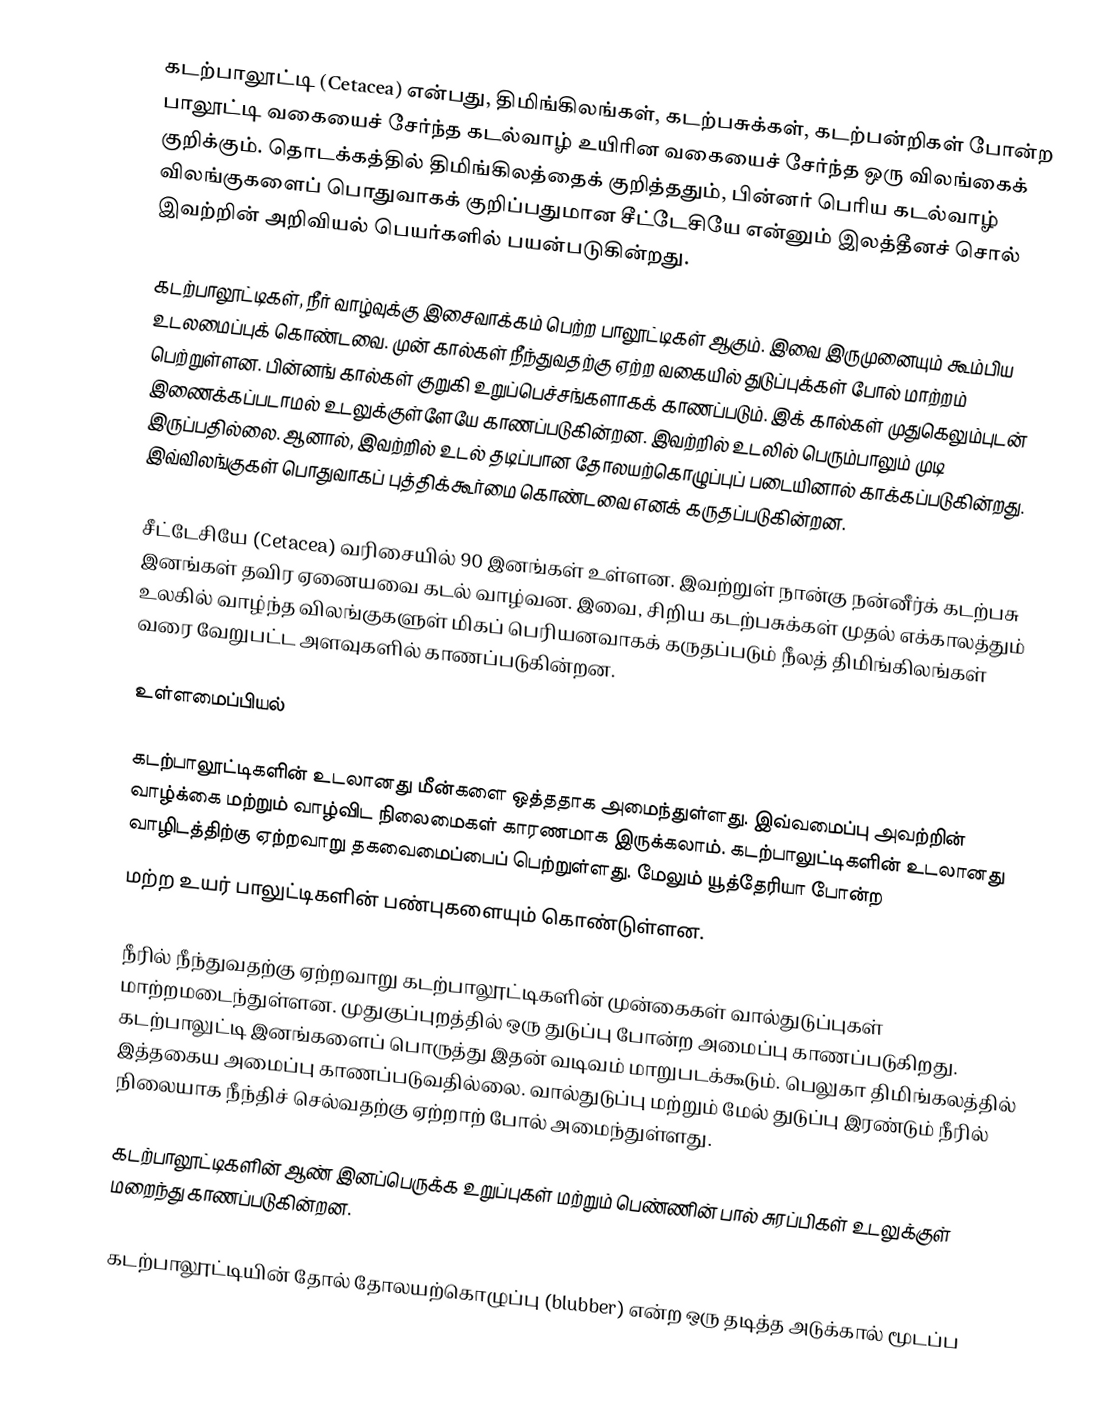
கடற்பாலூட்டி (Cetacea) என்பது, திமிங்கிலங்கள், கடற்பசுக்கள், கடற்பன்றிகள் போன்ற பாலூட்டி வகையைச் சேர்ந்த கடல்வாழ் உயிரின வகையைச் சேர்ந்த ஒரு விலங்கைக் குறிக்கும். தொடக்கத்தில் திமிங்கிலத்தைக் குறித்ததும், பின்னர் பெரிய கடல்வாழ் விலங்குகளைப் பொதுவாகக் குறிப்பதுமான சீட்டேசியே என்னும் இலத்தீனச் சொல் இவற்றின் அறிவியல் பெயர்களில் பயன்படுகின்றது.

கடற்பாலூட்டிகள், நீர் வாழ்வுக்கு இசைவாக்கம் பெற்ற பாலூட்டிகள் ஆகும். இவை இருமுனையும் கூம்பிய உடலமைப்புக் கொண்டவை. முன் கால்கள் நீந்துவதற்கு ஏற்ற வகையில் துடுப்புக்கள் போல் மாற்றம் பெற்றுள்ளன. பின்னங் கால்கள் குறுகி உறுப்பெச்சங்களாகக் காணப்படும். இக் கால்கள் முதுகெலும்புடன் இணைக்கப்படாமல் உடலுக்குள்ளேயே காணப்படுகின்றன. இவற்றில் உடலில் பெரும்பாலும் முடி இருப்பதில்லை. ஆனால், இவற்றில் உடல் தடிப்பான தோலயற்கொழுப்புப் படையினால் காக்கப்படுகின்றது. இவ்விலங்குகள் பொதுவாகப் புத்திக்கூர்மை கொண்டவை எனக் கருதப்படுகின்றன.

சீட்டேசியே (Cetacea) வரிசையில் 90 இனங்கள் உள்ளன. இவற்றுள் நான்கு நன்னீர்க் கடற்பசு இனங்கள் தவிர ஏனையவை கடல் வாழ்வன. இவை, சிறிய கடற்பசுக்கள் முதல் எக்காலத்தும் உலகில் வாழ்ந்த விலங்குகளுள் மிகப் பெரியனவாகக் கருதப்படும் நீலத் திமிங்கிலங்கள் வரை வேறுபட்ட அளவுகளில் காணப்படுகின்றன.

உள்ளமைப்பியல்

கடற்பாலூட்டிகளின் உடலானது மீன்களை ஒத்ததாக அமைந்துள்ளது. இவ்வமைப்பு அவற்றின் வாழ்க்கை மற்றும் வாழ்விட நிலைமைகள் காரணமாக இருக்கலாம். கடற்பாலுட்டிகளின் உடலானது வாழிடத்திற்கு ஏற்றவாறு தகவைமைப்பைப் பெற்றுள்ளது. மேலும் யூத்தேரியா போன்ற
மற்ற உயர் பாலுட்டிகளின் பண்புகளையும் கொண்டுள்ளன.

நீரில் நீந்துவதற்கு ஏற்றவாறு கடற்பாலூட்டிகளின்  முன்கைகள் வால்துடுப்புகள் மாற்றமடைந்துள்ளன. முதுகுப்புறத்தில் ஒரு துடுப்பு போன்ற அமைப்பு காணப்படுகிறது. கடற்பாலுட்டி இனங்களைப் பொருத்து இதன் வடிவம் மாறுபடக்கூடும். பெலுகா திமிங்கலத்தில் இத்தகைய அமைப்பு காணப்படுவதில்லை. வால்துடுப்பு மற்றும் மேல் துடுப்பு இரண்டும் நீரில் நிலையாக நீந்திச் செல்வதற்கு ஏற்றாற் போல் அமைந்துள்ளது.

கடற்பாலூட்டிகளின் ஆண் இனப்பெருக்க உறுப்புகள் மற்றும் பெண்ணின் பால் சுரப்பிகள் உடலுக்குள் மறைந்து காணப்படுகின்றன.

கடற்பாலூட்டியின் தோல் தோலயற்கொழுப்பு (blubber) என்ற ஒரு தடித்த அடுக்கால் மூடப்ப